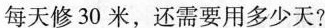
每天修30米，还需要用多少天?